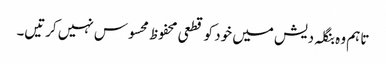
تاہم وہ بنگلہ دیش میں خود کو قطعی محفوظ محسوس نہیں کرتیں۔